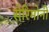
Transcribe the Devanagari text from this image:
सेरिमोनी